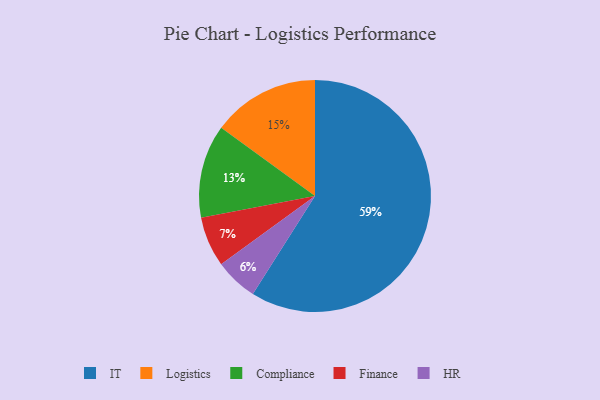
{"axis": {"x": "Category", "y": "Percentage"}, "legend": ["Compliance", "Finance", "HR", "IT", "Logistics"], "data": [{"x": "IT", "y": 59, "type": "IT"}, {"x": "Finance", "y": 7, "type": "Finance"}, {"x": "Compliance", "y": 13, "type": "Compliance"}, {"x": "Logistics", "y": 15, "type": "Logistics"}, {"x": "HR", "y": 6, "type": "HR"}]}